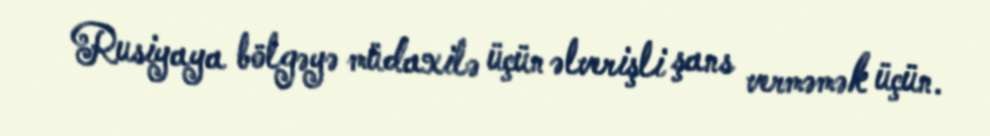
Rusiyaya bölgəyə müdaxilə üçün əlverişli şans verməmək üçün.